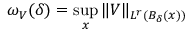
\omega _ { V } ( \delta ) = \operatorname* { s u p } _ { x } \| V \| _ { L ^ { r } ( B _ { \delta } ( x ) ) }